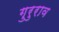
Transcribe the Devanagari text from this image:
गुरुराव